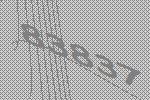
83837